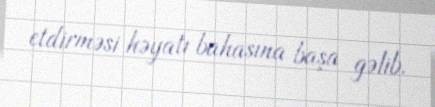
etdirməsi həyatı bahasına başa gəlib.